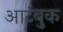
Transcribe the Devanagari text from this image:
आर्टबुक